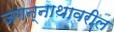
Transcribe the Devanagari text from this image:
जगन्नाथावरील